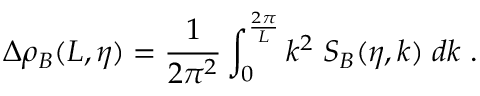
\Delta \rho _ { B } ( L , \eta ) = \frac { 1 } { 2 \pi ^ { 2 } } \int _ { 0 } ^ { \frac { 2 \pi } { L } } k ^ { 2 } \; S _ { B } ( \eta , k ) \; d k \; .